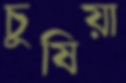
চুষিয়া